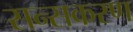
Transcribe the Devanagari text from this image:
सन्सकरण